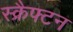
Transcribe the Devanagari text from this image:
स्क्रैफ्टन